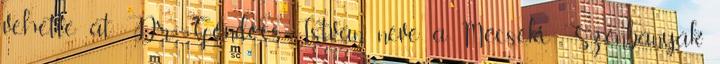
vehette át. Dr. Göndöcs István neve a Mecseki Szénbányák